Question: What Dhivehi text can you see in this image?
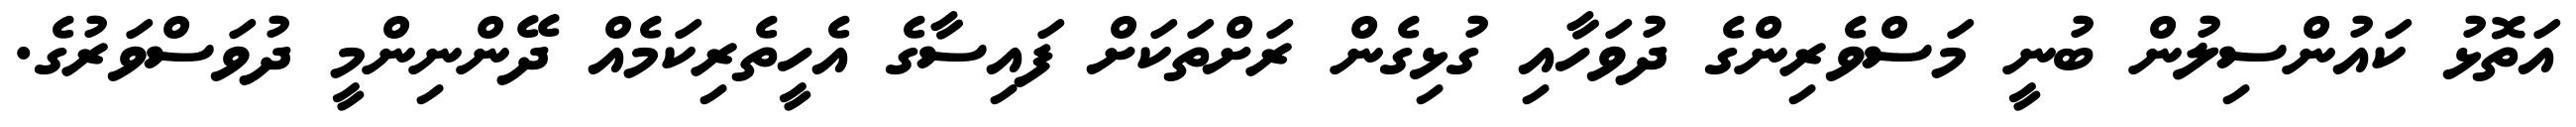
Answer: އަތޮޅު ކައުންސިލުން ބުނީ މަސްވެރިންގެ ދުވަހާއި ގުޅިގެން ރަށްތަކަށް ފައިސާގެ އެހީތެރިކަމެއް ދޭންނިންމީ ދުވަސްވަރުގެ.